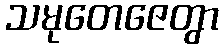
သမုတေဇေတွာ